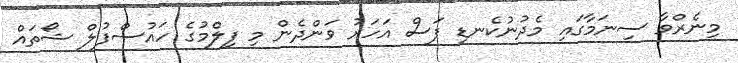
މިނެރްވާ ސިނަމާގައި މެދުނުކެނޑި ފަސް އަހަރު ވަންދެން މި ފިލްމުގެ ހައުސްފުލް ޝޯތައް